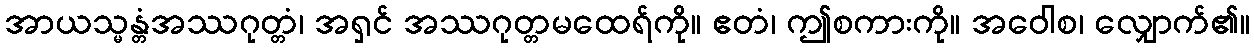
အာယသ္မန္တံအဿဂုတ္တံ၊ အရှင် အဿဂုတ္တမထေရ်ကို။ ဧတံ၊ ဤစကားကို။ အဝေါစ၊ လျှောက်၏။